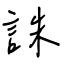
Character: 誅